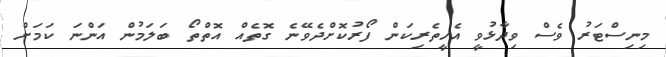
މިނިސްޓަރު ވެސް ވިދާޅުވީ އެހީތެރިކަން ފޯރުކޮށްދެވޭނެ ގޮތެއް އޮތްތޯ ބަލަމުން އަންނަ ކަމަށް